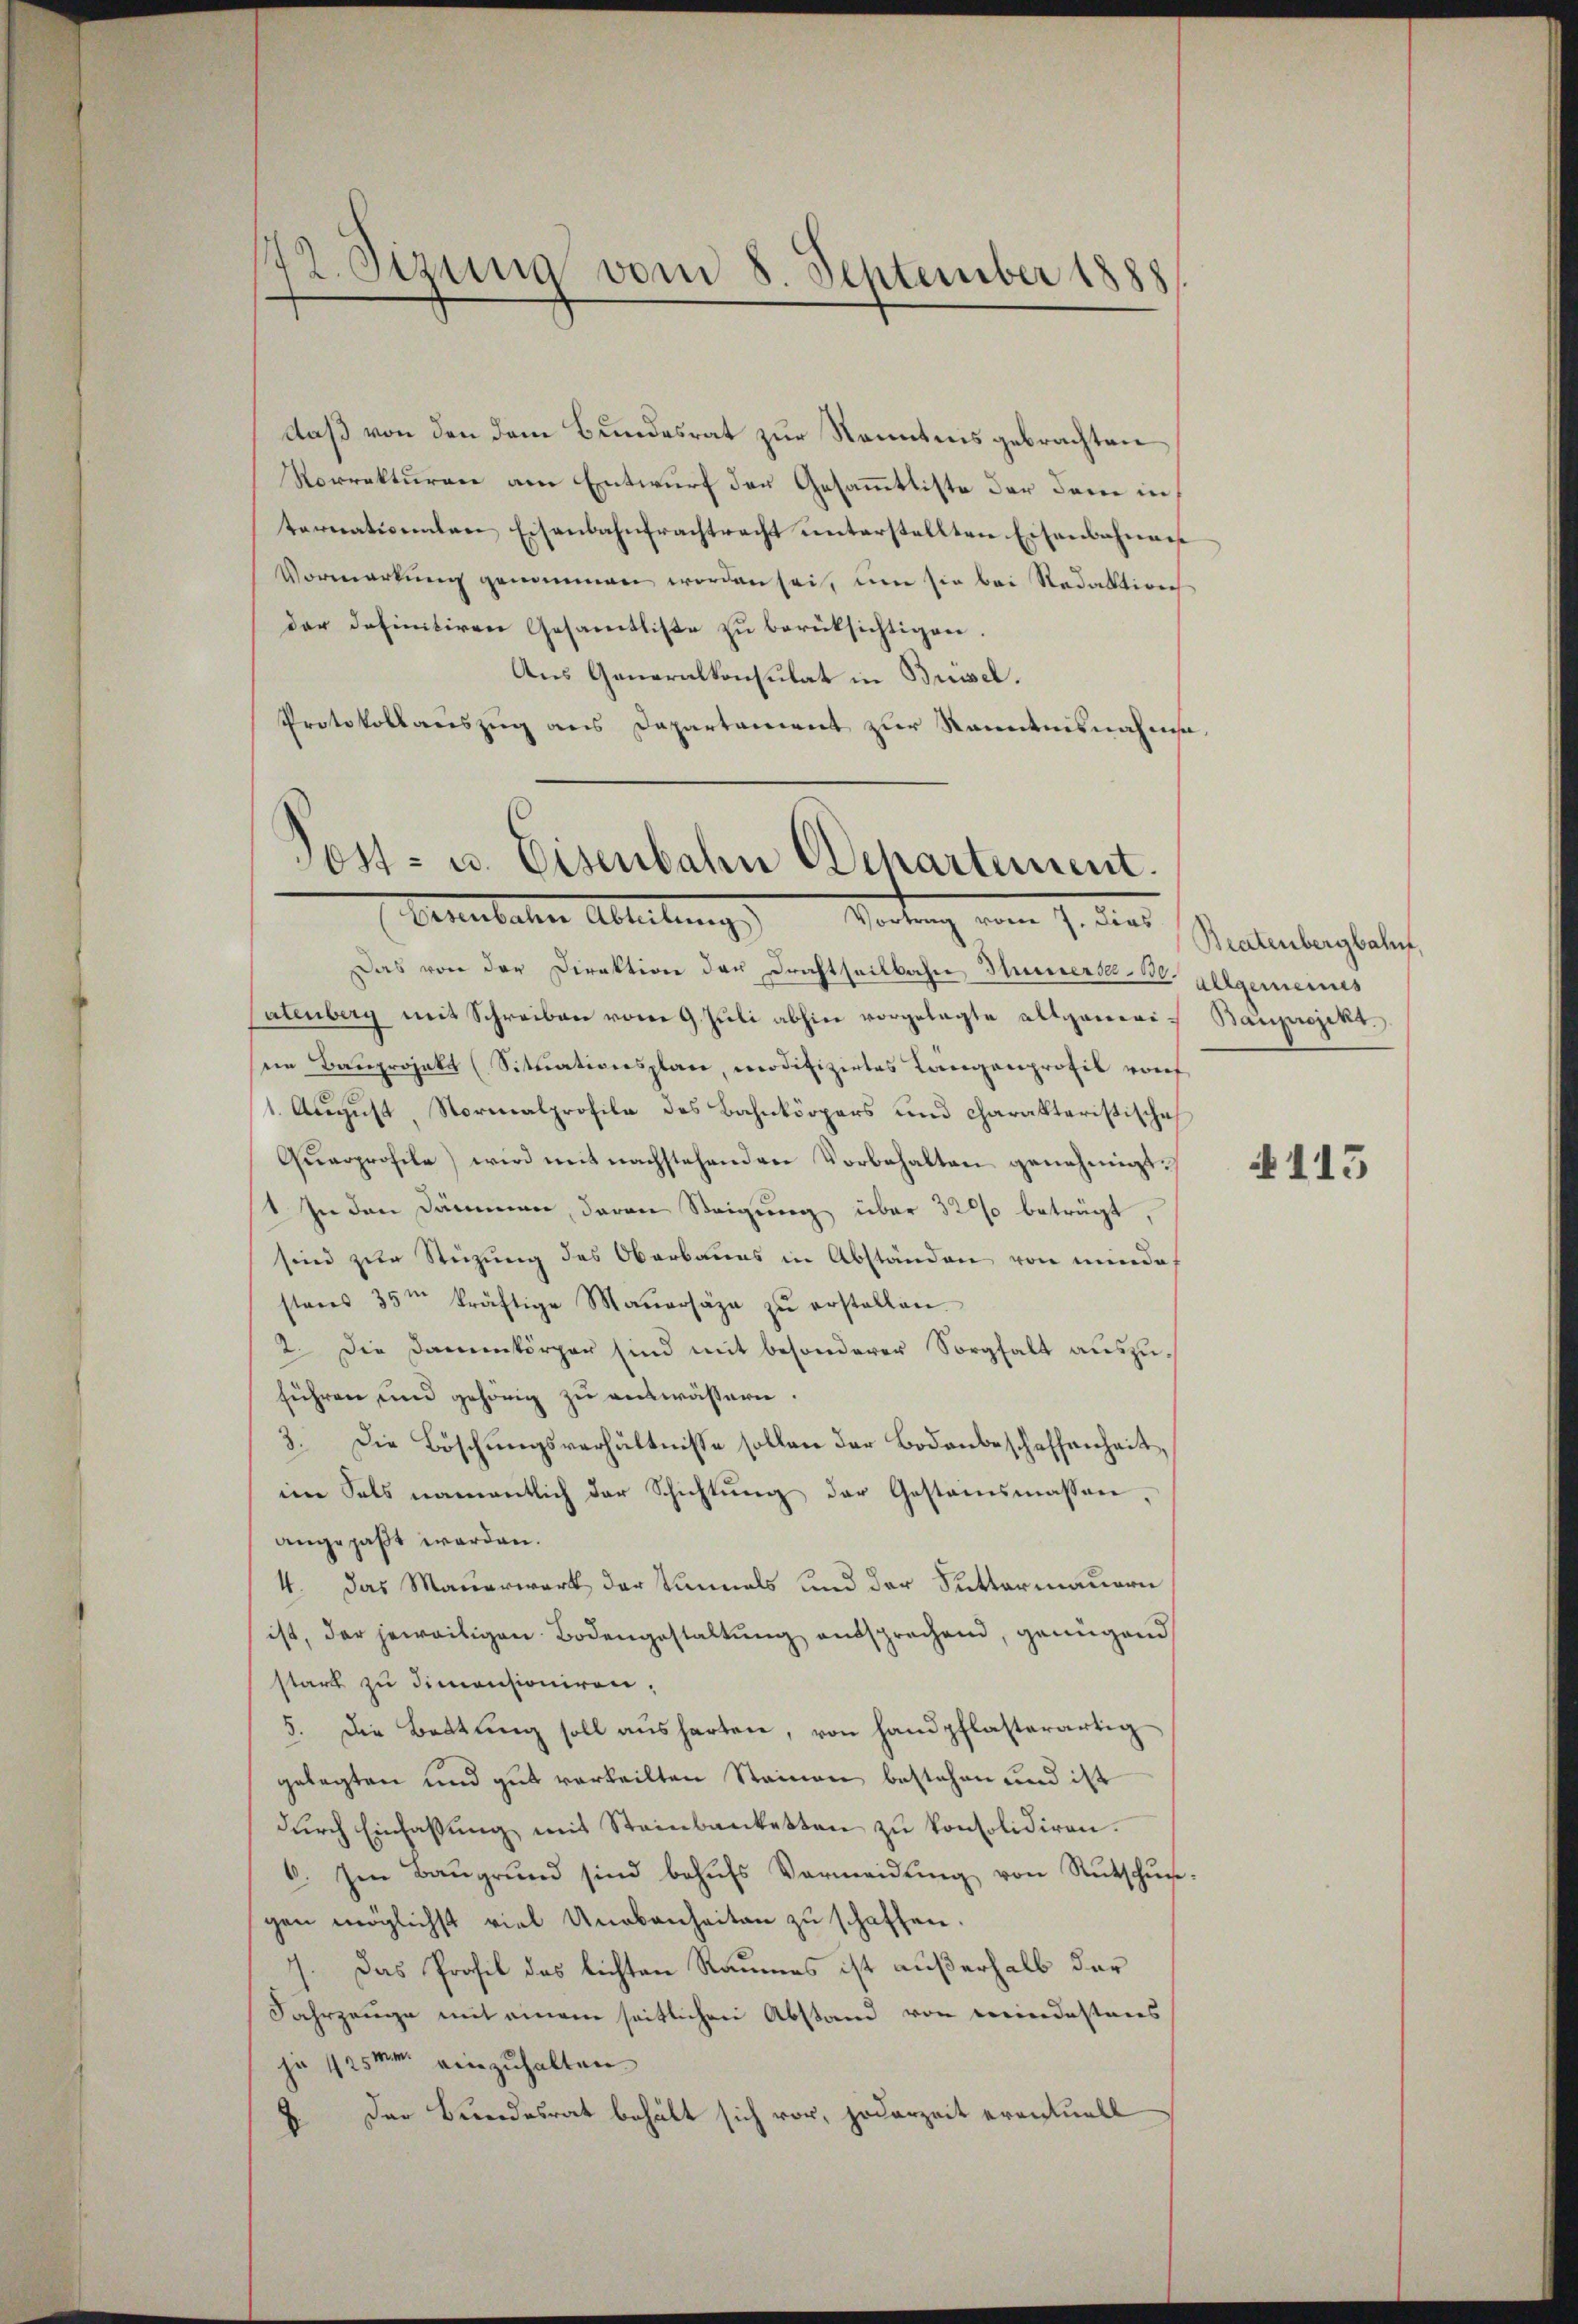
142. Sizung vom 8. September 1888

daß von den dem Bundesrat zur Kenntnis gebrachten
Vorrekturere am Entwurf der Gesammttiste der dem in
ternationalen Eisenbahntrachtracht unterstellten Eisenbahnen
Vormerkŭng genommen worden sei, um sie bei Redaktion
der definitiven Gesamtliste zu berüksichtigen.
Aus Generalkonsulat in Brüssel.
Protokollauszug aus Departement zur Kenntnisnahmsa¬

Das von der Direktion den Drahtseitbahn Thunersa - 30.
atenberg mit Schreiben vom 9. Jŭli abhin vorgelegte allgemeien Bauprojekt (Situationsplan, modifizirtes Langenprofil vorf
1. August Normalprofile des Bahnkörpers und charakteristische
Qŭarprofile) wird mit nachstehenden Vorbehalten genehmigt.
st. In den Dämmen, daran Steigung über 3200 beträgt,
sind zur Steizung des Oberbaues in Abständen von mindes
stens 35m kräftige Maŭersäze zŭ erstellen.
2. Die Damenkörper sind mit besonderer Sorghalt auszuführen und gehörig zu entwässern.
3. Die Böschungsverhältnisse sollen der Bodenbeschaffenheit,
im Sals namentlich der Schichtŭng der Gestamsmassen,
angepaßt werden.
4. Das Mauerwerk der Sinnels und der Suttermauerei
ist, der jeweiligen Bodengestaltung aussprechend, genügend
stark zu dimensioniren.
5. Die Bettŭng soll ausharten, von hand pflasterartig
gelegten und gut verteilten Steinen bestehen und ist
durch Einfassung mit Steinbanketten zu konsolidiren.
6. Im Baŭgrŭnd sind behŭfs Vermeidŭng von Rutschŭ
gen möglichst viel Unebenheiten zu schaffen.
7. Das Profil des lichten Raumes ist außerhalb der
Jahrzeuge mit einem seitlichen Abstand von meindestens
je 125mm einzuhalten
2. Der Bundesrat behält sich vor, jederzeit eventuell

Post- u. Eisenbahn chartement.
tenbachen Ableibung     Wertung vom 7. dies

Beatenbergbahnt,
allgemeines
Bauprojekt

§ 113